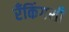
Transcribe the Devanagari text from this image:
रँकिंगशी